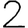
Digit: 2